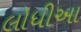
લોધીઆ